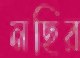
নছির